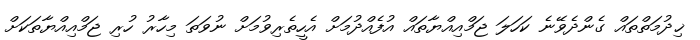
ޚިދުމަތްތައް ގެންދެވޭނެ ކަހަލަ ޖަމްއިއްޔާތައް އުފެއްދުމަށް އެހީތެރިވުމަށް ނުވަތަ މިހާރު ހުރި ޖަމްއިއްޔާތަކަށް